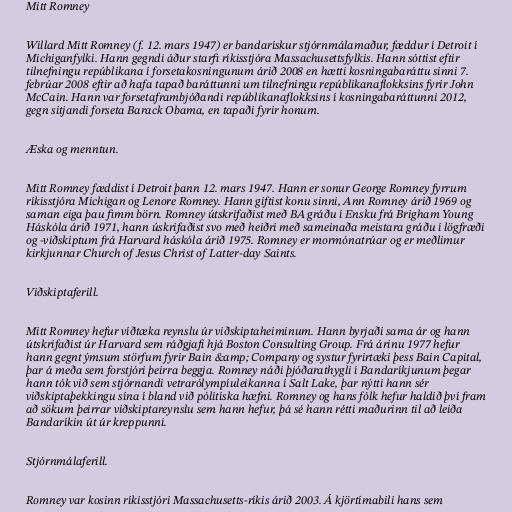
Mitt Romney

Willard Mitt Romney (f. 12. mars 1947) er bandarískur stjórnmálamaður, fæddur í Detroit í
Michiganfylki. Hann gegndi áður starfi ríkisstjóra Massachusettsfylkis. Hann sóttist eftir
tilnefningu repúblikana í forsetakosningunum árið 2008 en hætti kosningabaráttu sinni 7.
febrúar 2008 eftir að hafa tapað baráttunni um tilnefningu repúblikanaflokksins fyrir John
McCain. Hann var forsetaframbjóðandi repúblikanaflokksins í kosningabaráttunni 2012,
gegn sitjandi forseta Barack Obama, en tapaði fyrir honum.

Æska og menntun.

Mitt Romney fæddist í Detroit þann 12. mars 1947. Hann er sonur George Romney fyrrum
ríkisstjóra Michigan og Lenore Romney. Hann giftist konu sinni, Ann Romney árið 1969 og
saman eiga þau fimm börn. Romney útskrifaðist með BA gráðu í Ensku frá Brigham Young
Háskóla árið 1971, hann úskrifaðist svo með heiðri með sameinaða meistara gráðu í lögfræði
og -viðskiptum frá Harvard háskóla árið 1975. Romney er mormónatrúar og er meðlimur
kirkjunnar Church of Jesus Christ of Latter-day Saints.

Viðskiptaferill.

Mitt Romney hefur víðtæka reynslu úr viðskiptaheiminum. Hann byrjaði sama ár og hann
útskrifaðist úr Harvard sem ráðgjafi hjá Boston Consulting Group. Frá árinu 1977 hefur
hann gegnt ýmsum störfum fyrir Bain &amp; Company og systur fyrirtæki þess Bain Capital,
þar á meða sem forstjóri þeirra beggja. Romney náði þjóðarathygli í Bandaríkjunum þegar
hann tók við sem stjórnandi vetrarólympíuleikanna í Salt Lake, þar nýtti hann sér
viðskiptaþekkingu sína í bland við pólitíska hæfni. Romney og hans fólk hefur haldið því fram
að sökum þeirrar viðskiptareynslu sem hann hefur, þá sé hann rétti maðurinn til að leiða
Bandaríkin út úr kreppunni.

Stjórnmálaferill.

Romney var kosinn ríkisstjóri Massachusetts-ríkis árið 2003. Á kjörtímabili hans sem